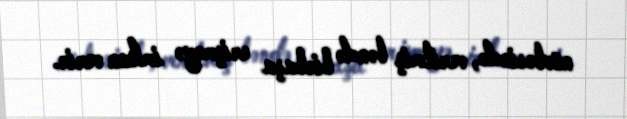
növbəsində, verilmiş bəndə birbaşa erişməyə imkan verir.